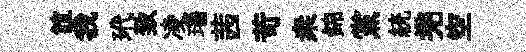
誼我玳致凌瑙茜苛桒錦黨統兠空